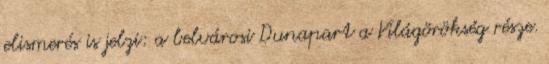
elismerés is jelzi: a belvárosi Dunapart a Világörökség része.